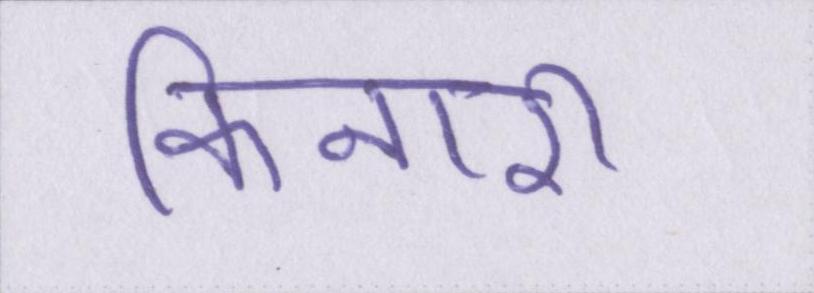
किनारी